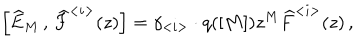
LaTeX: \left[ \widehat { E } _ { M } \, , \, \widehat { F } ^ { < i > } ( z ) \right] = \gamma _ { < i > } \cdot q ( [ M ] ) z ^ { M } \widehat { F } ^ { < i > } ( z ) \, ,